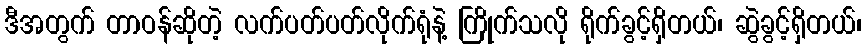
ဒီအတွက် တာဝန်ဆိုတဲ့ လက်ပတ်ပတ်လိုက်ရုံနဲ့ ကြိုက်သလို ရိုက်ခွင့်ရှိတယ်၊ ဆွဲခွင့်ရှိတယ်၊